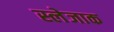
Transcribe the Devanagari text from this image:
स्लेजाक